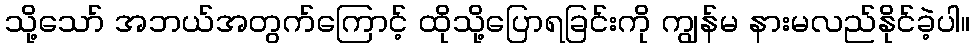
သို့သော် အဘယ်အတွက်ကြောင့် ထိုသို့ပြောရခြင်းကို ကျွန်မ နားမလည်နိုင်ခဲ့ပါ။